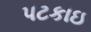
પટકાઇ